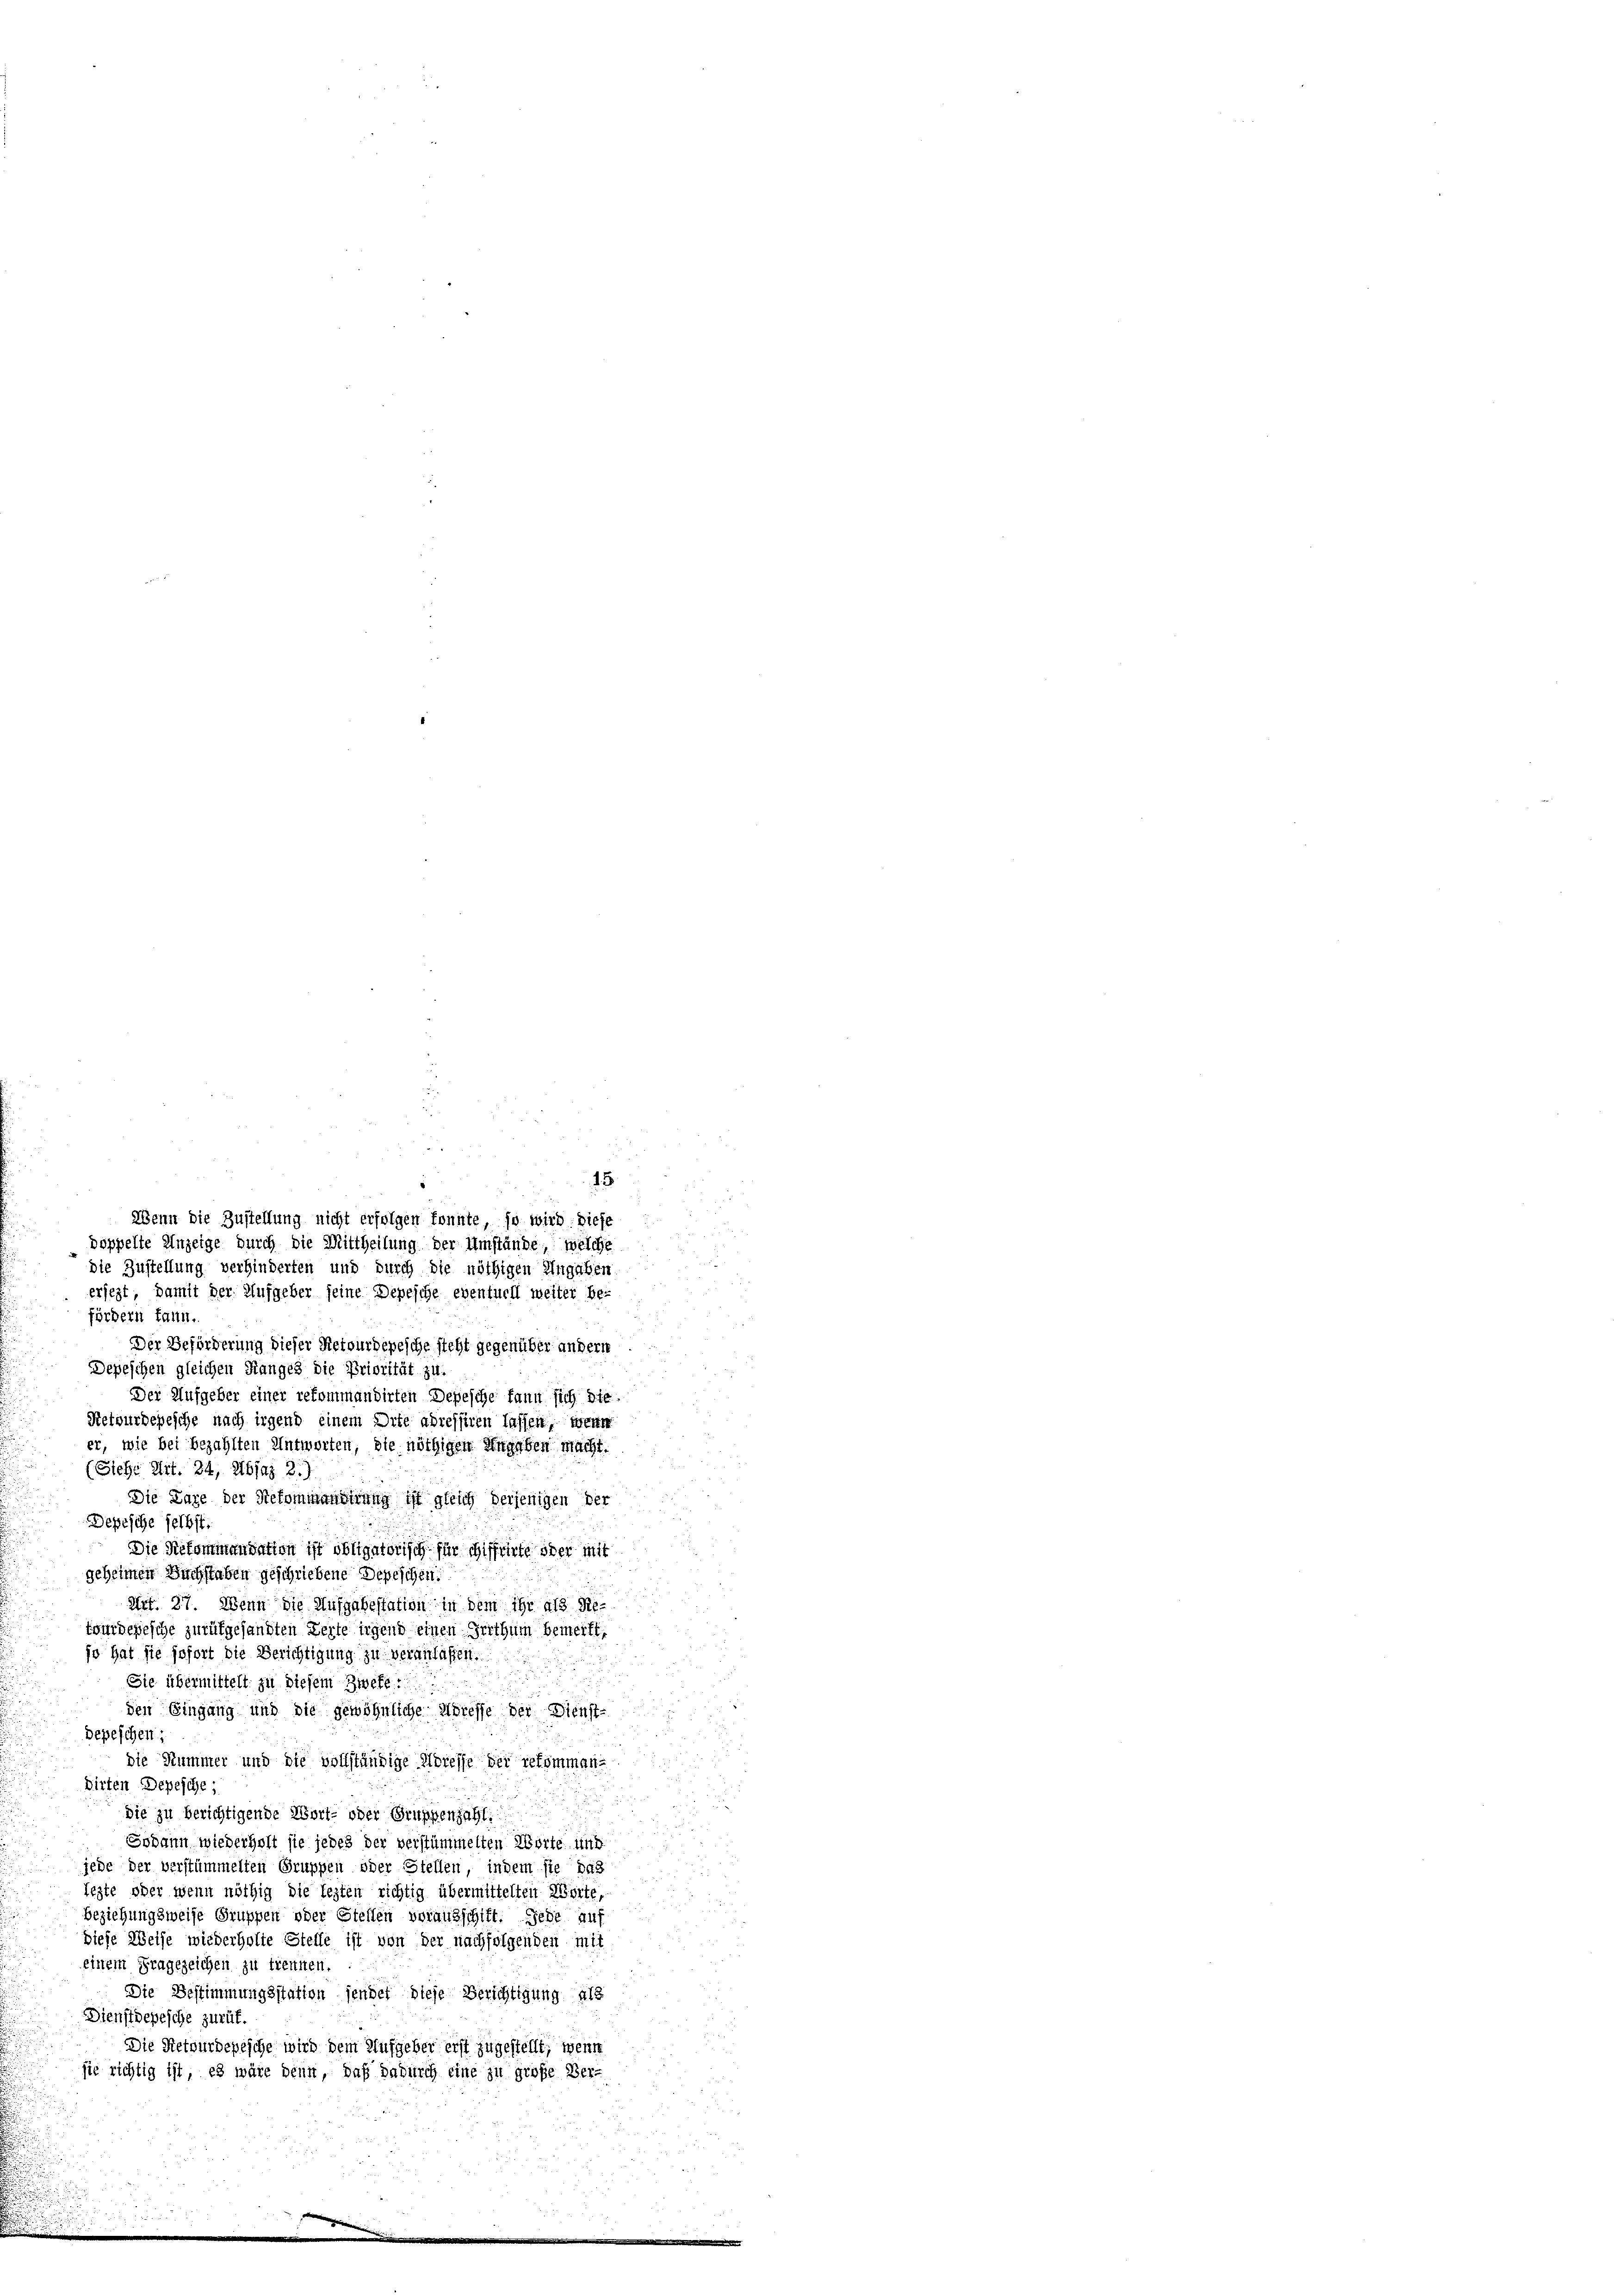
15
die Zustellung verhinderten und durch die nöthigen Ungeben
ersezt, damit der Aufgeber seine Depesche eventuell weiter be-
fördern kann.
Der Beförderung dieser Retourdepesche steht gegenüber andern
Depeschen gleichen Ranges die Priorität zu.
Der Aufgeber einer rekommandirten Depesche kann sich die
Retourbepesche nach irgend einem Orte adressiren lassen, wenn
er, wie bei bezahlten Antworten, die nöthigen Angaben macht.
(Siehe Art. 34, Xbjaz 8.)
Die Lage der Stekommandirung ist gleich derjenigen der
Depesche selbst.
Die Rekommandation ist obligatorisch für chiffrirte oder mit
geheimen Buchstaben geschriebene Depeschen:
Art. 27. Wenn die Aufgabestation in dem ihr als Re-
tour depesche zurükgesandten Zerte irgend einen Irrthum bemerkt,
jo hat sie sofort die Berichtigung zu veranlaßen.
Sie übermittelt zu diesem Zweke
den Eingang und die gewöhnliche Streffe der Dienst-
Depeschen;
die Nummer und die vollständige Adresse der gekommen-
dirten Depesche;
die zu berichtigende Wort- oder Gruppenjahl.
Sodann wiederholt sie jedes der verstümmelten Worte und
jede der verstümmelten Gruppen oder Stellen, indem sie das
tegte oder wenn nöthig die lezten richtig übermittelteit Worte,
beziehungsweise Gruppen oder Stellen vorausschift. Jede auf
Diese Weise wiederholte Stelle ist von der nachfolgenden mit
einem Fragezeichen zu trennen.
Die Bestimmungsstation sendet diese Berichtigung als
Dienstdepesche zurük.
Die Retourdepesche wird dem Aufgeber erst zugestellt, wenn
sie richtig ist, es wäre denn, daß dadurch eine zu große Ver-

Wenn die Zustellung nicht erfolgen konnte, so wird. Diese
doppelte Anzeige durch die Mittheilung der Umstände, welche